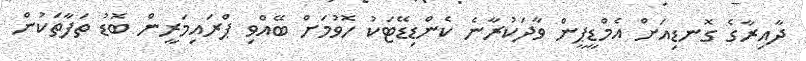
ދާއިރާގެ ގޮނޑިއަށް އެމްޑީޕީން ވާދަކުރާނެ ކެންޑިޑޭޓަކު ހޮވުމަށް ބޭއްވި ޕްރައިމަރީން ބޮޑު ތަފާތަކުން